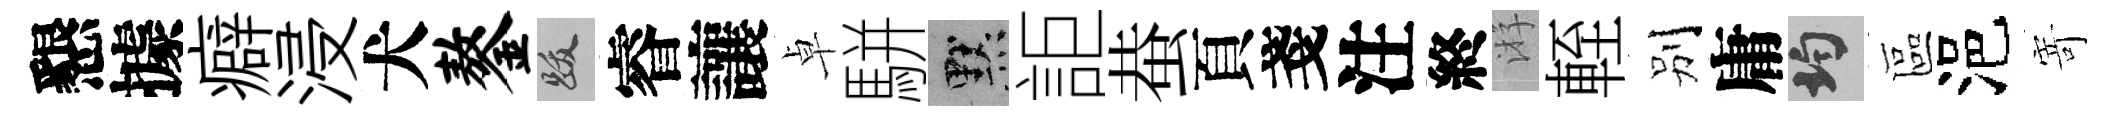
懇據癖浸犬鏊跋睿讓卓駢默詎蛬頁戔注終㳺輊别庸均區浥𭔃